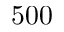
5 0 0